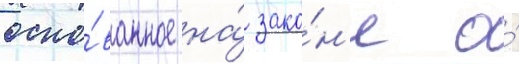
осно́ванное на́ зако́н'е о́